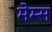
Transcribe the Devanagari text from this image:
मेम्स